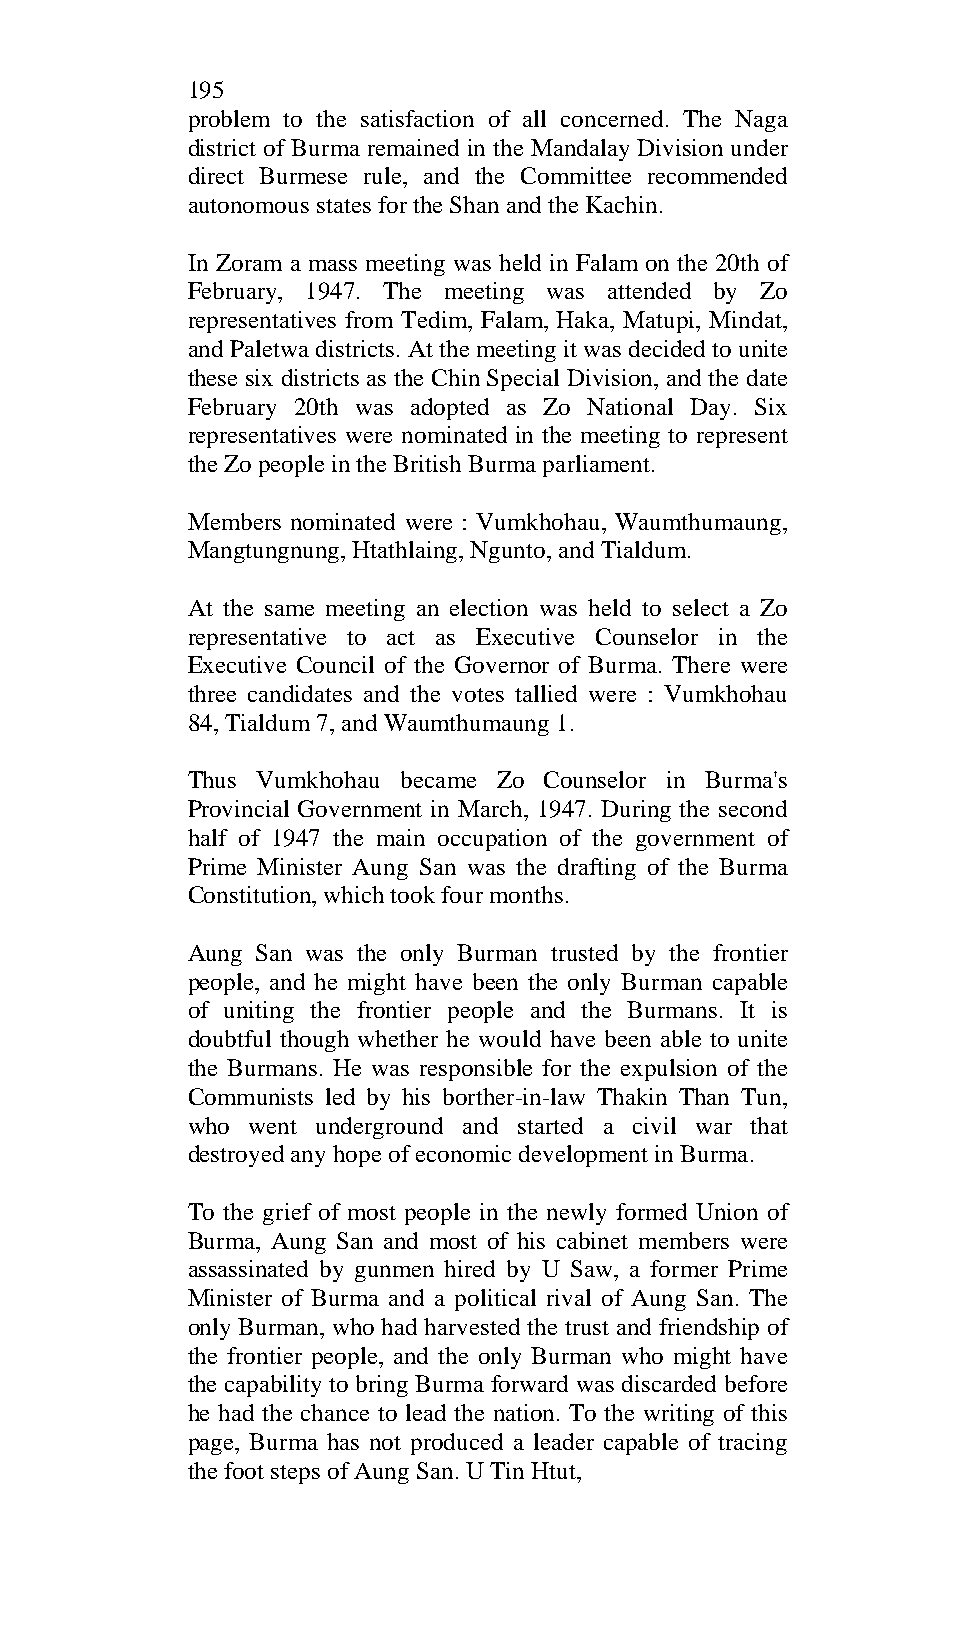
195
 problem to the satisfaction of all concerned. The Naga
 district of Burma remained in the Mandalay Division under
 direct Burmese rule, and the Committee recommended
 autonomous states for the Shan and the Kachin.
 In Zoram a mass meeting was held in Falam on the 20th of
 February, 1947. The meeting was attended by Zo
 representatives from Tedim, Falam, Haka, Matupi, Mindat,
 and Paletwa districts. At the meeting it was decided to unite
 these six districts as the Chin Special Division, and the date
 February 20th was adopted as Zo National Day. Six
 representatives were nominated in the meeting to represent
 the Zo people in the British Burma parliament.
 Members nominated were : Vumkhohau, Waumthumaung,
 Mangtungnung, Htathlaing, Ngunto, and Tialdum.
 At the same meeting an election was held to select a Zo
 representative to act as Executive Counselor in the
 Executive Council of the Governor of Burma. There were
 three candidates and the votes tallied were : Vumkhohau
 84, Tialdum 7, and Waumthumaung 1.
 Thus Vumkhohau became Zo Counselor in Burma's
 Provincial Government in March, 1947. During the second
 half of 1947 the main occupation of the government of
 Prime Minister Aung San was the drafting of the Burma
 Constitution, which took four months.
 Aung San was the only Burman trusted by the frontier
 people, and he might have been the only Burman capable
 of uniting the frontier people and the Burmans. It is
 doubtful though whether he would have been able to unite
 the Burmans. He was responsible for the expulsion of the
 Communists led by his borther-in-law Thakin Than Tun,
 who went underground and started a civil war that
 destroyed any hope of economic development in Burma.
 To the grief of most people in the newly formed Union of
 Burma, Aung San and most of his cabinet members were
 assassinated by gunmen hired by U Saw, a former Prime
 Minister of Burma and a political rival of Aung San. The
 only Burman, who had harvested the trust and friendship of
 the frontier people, and the only Burman who might have
 the capability to bring Burma forward was discarded before
 he had the chance to lead the nation. To the writing of this
 page, Burma has not produced a leader capable of tracing
 the foot steps of Aung San. U Tin Htut,